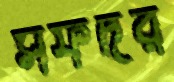
সফদর